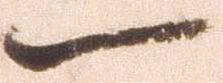
一